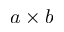
a \times b